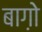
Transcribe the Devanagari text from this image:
बाग़ोे